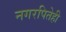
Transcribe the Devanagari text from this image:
नगरपितेही